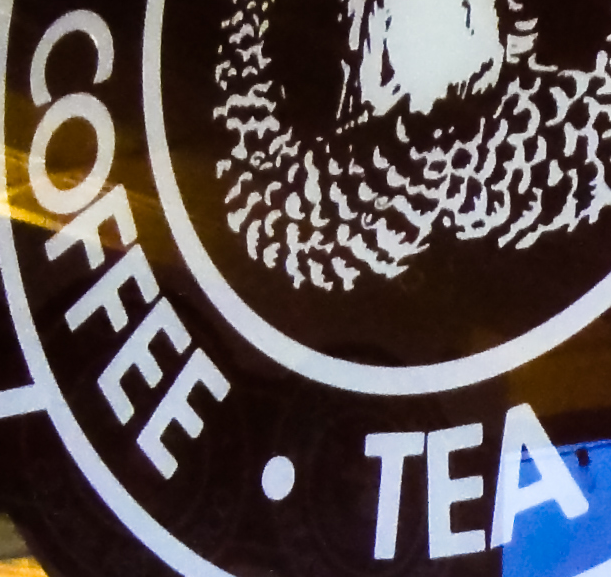
COFFEE . TEA